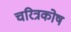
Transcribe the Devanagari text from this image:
चरित्रकोष